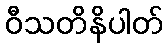
ဝီသတိနိပါတ်